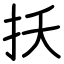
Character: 扷